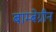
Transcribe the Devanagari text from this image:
बाम्बेग्रीन